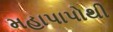
મહાપાપોથી